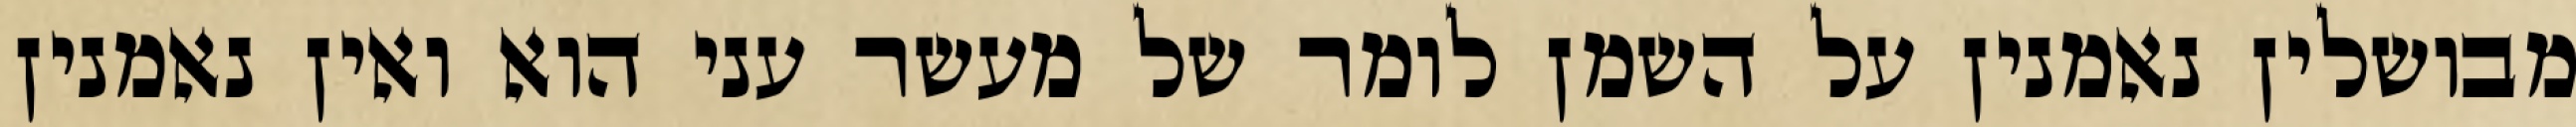
מבושלין נאמנין על השמן לומר של מעשר עני הוא ואין נאמנין